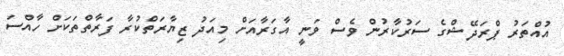
އުއްތަރު ޕްރަދޭޝްގެ ސަރުކާރުން ވެސް ވަނީ އާގަރާއަށް މިއަދު ޒިޔާރަތްކުރާ ފަރާތްތަކަށް ހާއްސަ